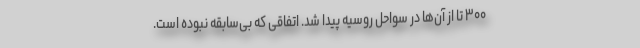
۳۰۰ تا از آن‌ها در سواحل روسیه پیدا شد. اتفاقی که بی‌سابقه نبوده است.